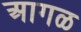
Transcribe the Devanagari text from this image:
अागळ